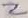
Text: Z